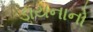
ડાયનાનો